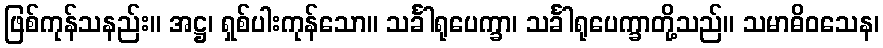
ဖြစ်ကုန်သနည်း။ အဋ္ဌ၊ ရှစ်ပါးကုန်သော။ သင်္ခါရုပေက္ခာ၊ သင်္ခါရုပေက္ခာတို့သည်။ သမာဓိဝသေန၊